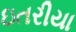
ઇતરીયા